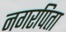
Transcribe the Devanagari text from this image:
नगरपिता